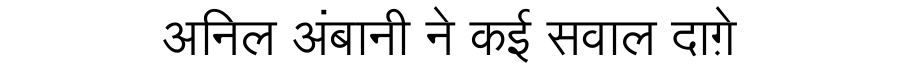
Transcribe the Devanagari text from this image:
अनिल अंबानी ने कई सवाल दाग़े